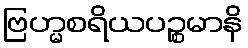
ဗြဟ္မစရိယပဉ္စမာနိ